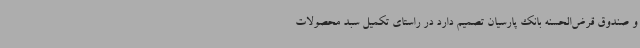
و صندوق قرض‌الحسنه بانک پارسیان تصمیم دارد در راستای تکمیل سبد محصولات